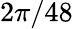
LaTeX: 2\pi/48